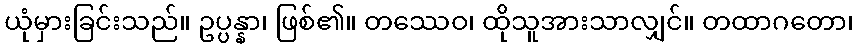
ယုံမှားခြင်းသည်။ ဥပ္ပန္နာ၊ ဖြစ်၏။ တဿေဝ၊ ထိုသူအားသာလျှင်။ တထာဂတော၊